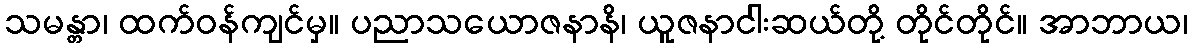
သမန္တာ၊ ထက်ဝန်ကျင်မှ။ ပညာသယောဇနာနိ၊ ယူဇနာငါးဆယ်တို့ တိုင်တိုင်။ အာဘာယ၊